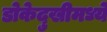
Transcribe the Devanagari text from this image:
डोकेदुखीमध्ये